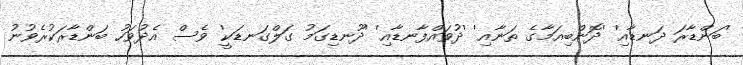
'ބަންޑާރަ ދަނޑާއި' 'ދޮންބިއަމާގެ ތަނާއި' 'ދުވައްފާނޑާއި' 'ދޫނޑިގަމު ގަލްގަނޑަކީ' ވެސް އެދުވަހު ބަންޑާރަކުރެވުނު